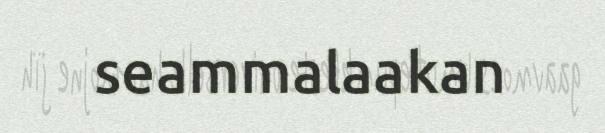
seammalaakan